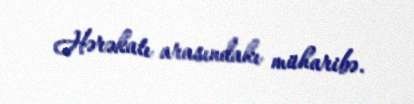
Hərəkatı arasındakı müharibə.